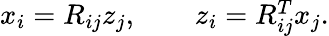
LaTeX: \begin{array}{r}{x_{i}=R_{ij}z_{j},\qquad z_{i}=R_{ij}^{T}x_{j}.}\end{array}